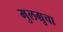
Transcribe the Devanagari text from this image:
मुलग्रुचा